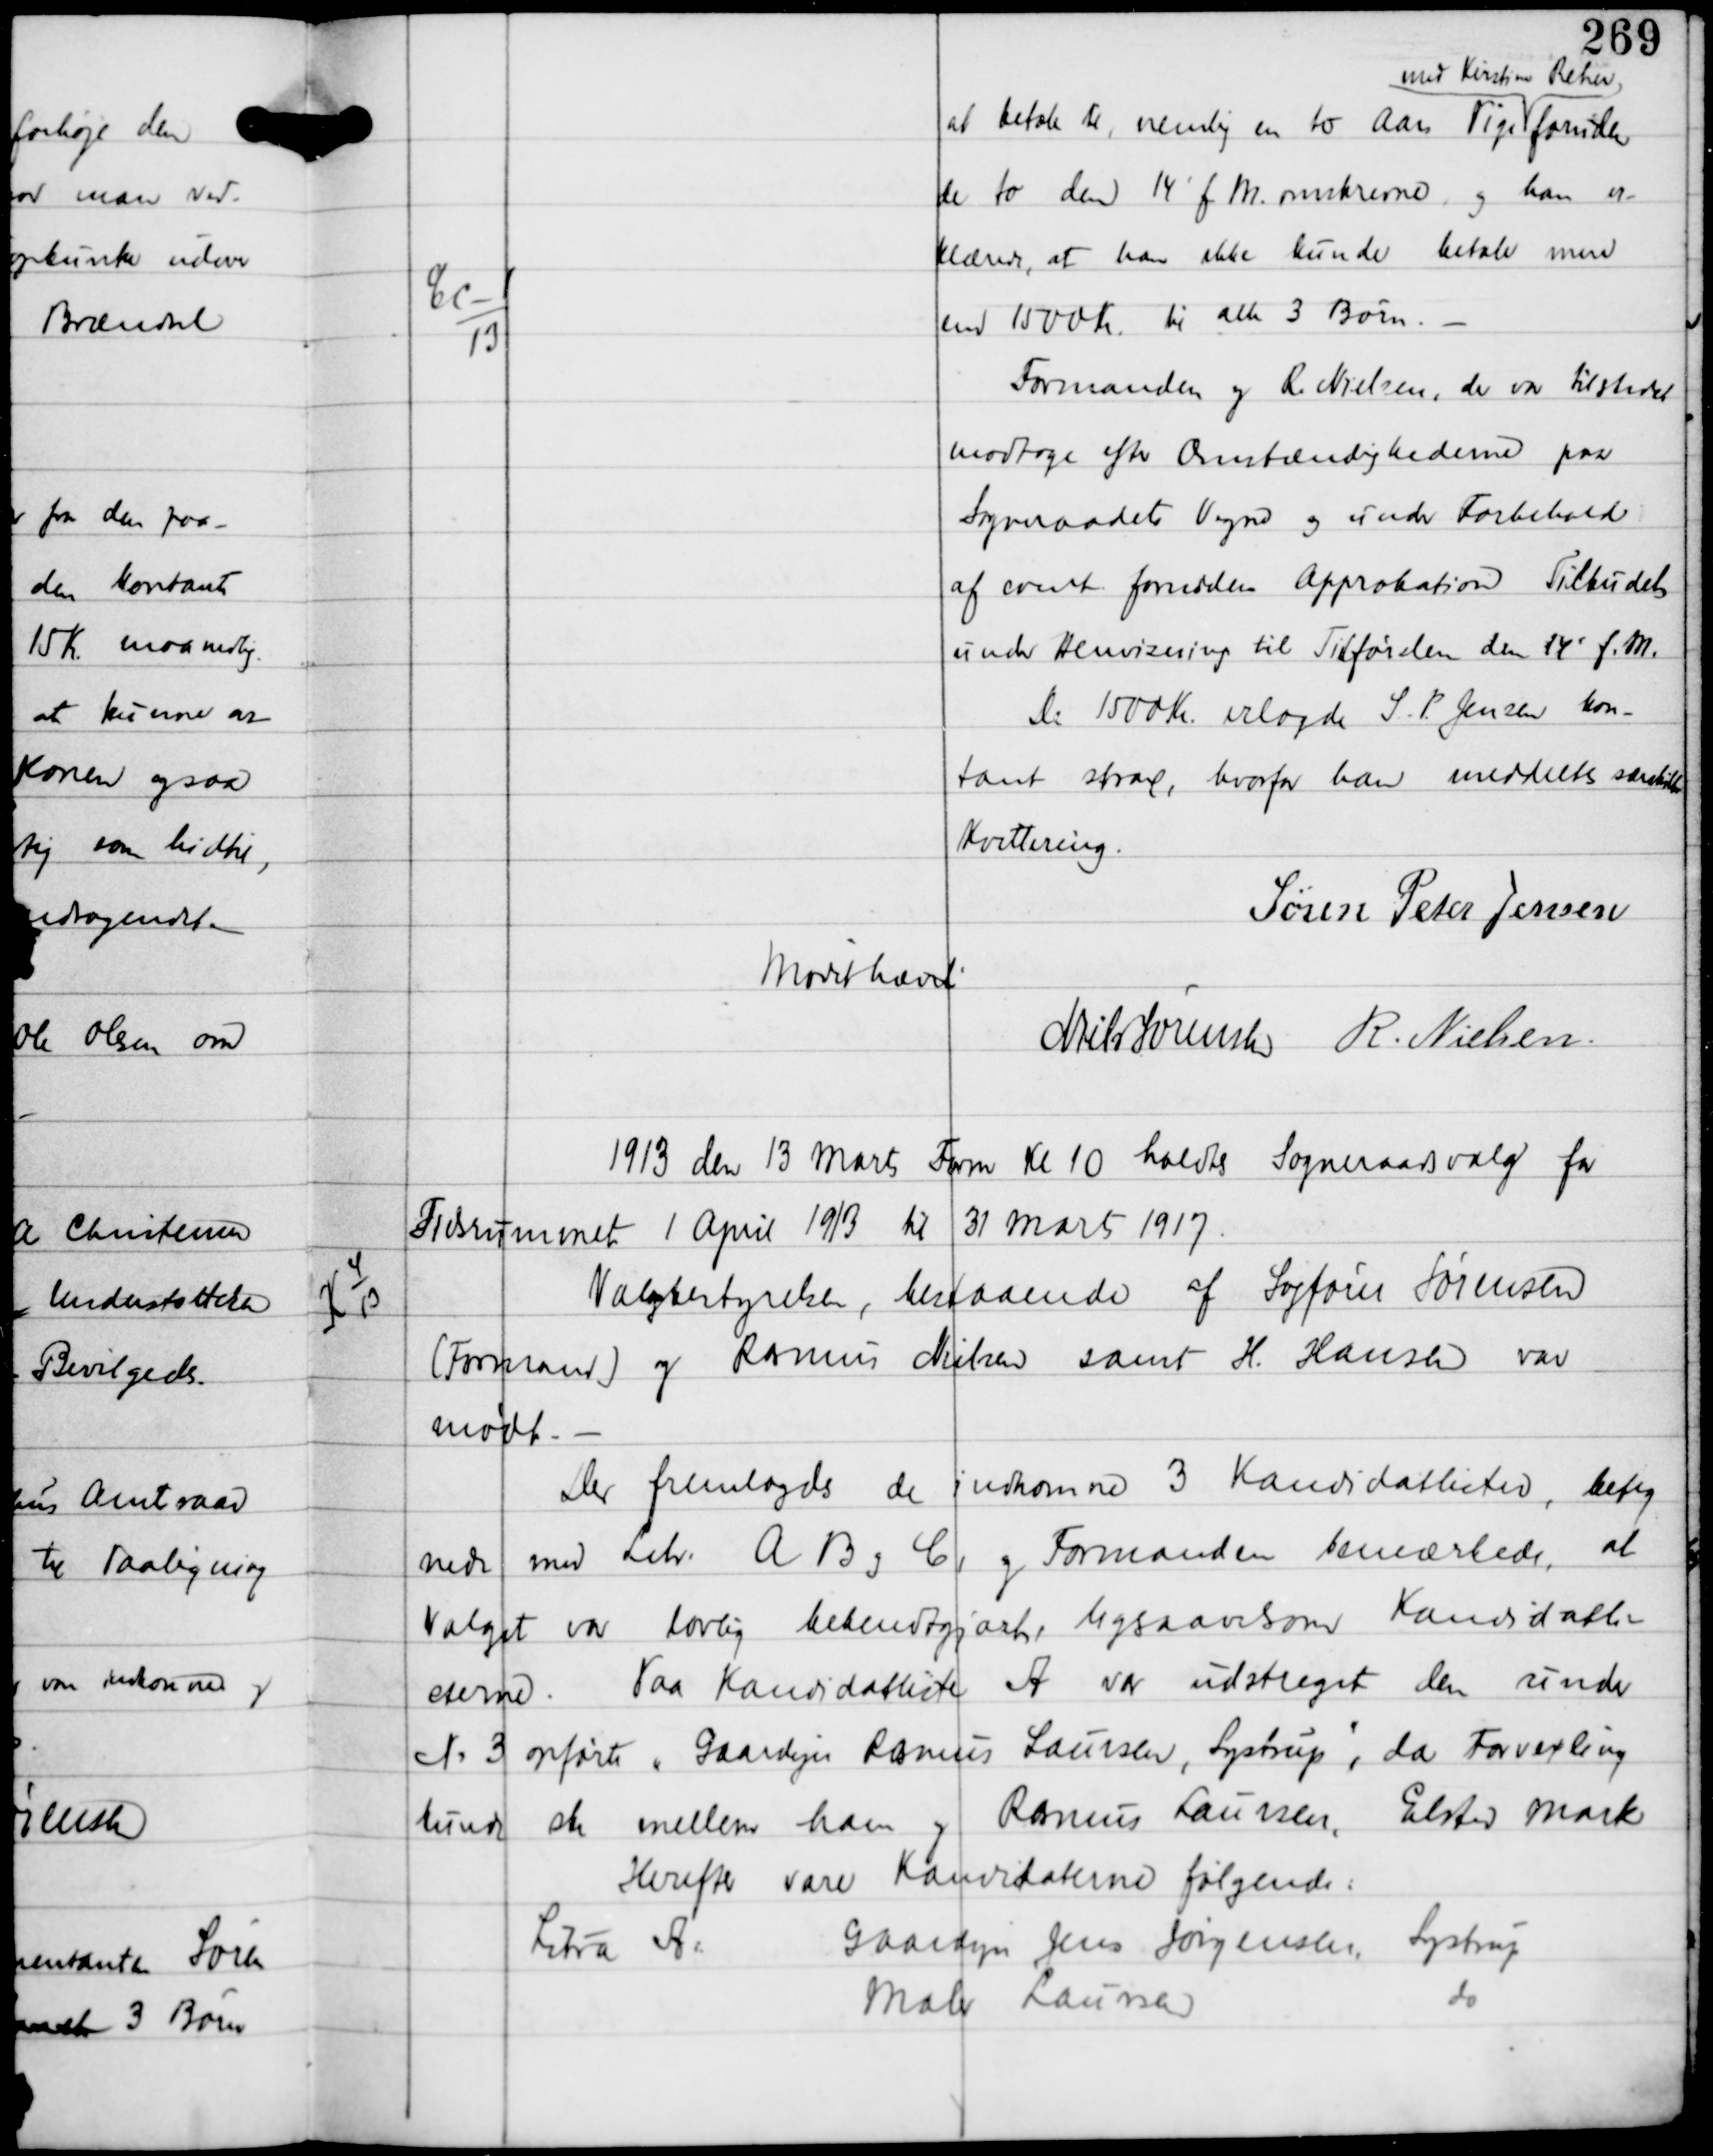
Transskription:
Ec-1
13

at betale til, nemlig en to Aars Pige
med Kirstine Reher
foruden
de to den 14' f.M. omskrevne og han er-
klærede, at han ikke kunde betale mere
end 1500 Kr til alle 3 Børn. -
Formanden og R Nielsen, der var tilstede
modtage efter Omstændighederne paa
Sogneraadets Vegne og Under Forbehold
af event fornøden Approbation Tilbudet
under Henvisning til Tilførslen den 14' f.M.
De 1500 Kr erlagde S. P. Jensen kon-
tant strax, hvorfor han meddelte særskilte
Kvittering.
Søren Peter Jensen

Mødet hævet

Niels Sørensen R. Nielsen

1913 den 13 marts Form Kl 10 holdtes Sogneraadsvalg for
Tidrummet 1 April 1913 til 31 Marts 1917.

K 4
13

Valgbestyrelsen, bestaaende af Sagfører Sørensen
(Formand) og Rasmus Nielsen samt H. Hansen var
mødt. -

Der fremlagdes de indkomne 3 Kandidatlister, beteg-
nede med Litr A B og C, og Formanden bemærkede, at
Valget var lovlig bekendtgjort, ligesaavelsom Kandidatli-
sterne. Paa Kandidatliste A var udstreget den under
No 3 opførte Gaardejer Rasmus Laursen, Lystrup, da Forvexling
kunde ske mellem ham og Rasmus Laursen, Elsted Mark
Herefter vare Kandidatlisterne følgende:
Litra A:
Gaardejer Jens Jørgensen,
Lystrup
Maler Laursen
do